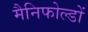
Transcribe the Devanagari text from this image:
मैनिफोल्डों